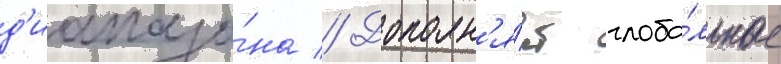
д'иапазо́на // Дополн'я́ет глоба́льные